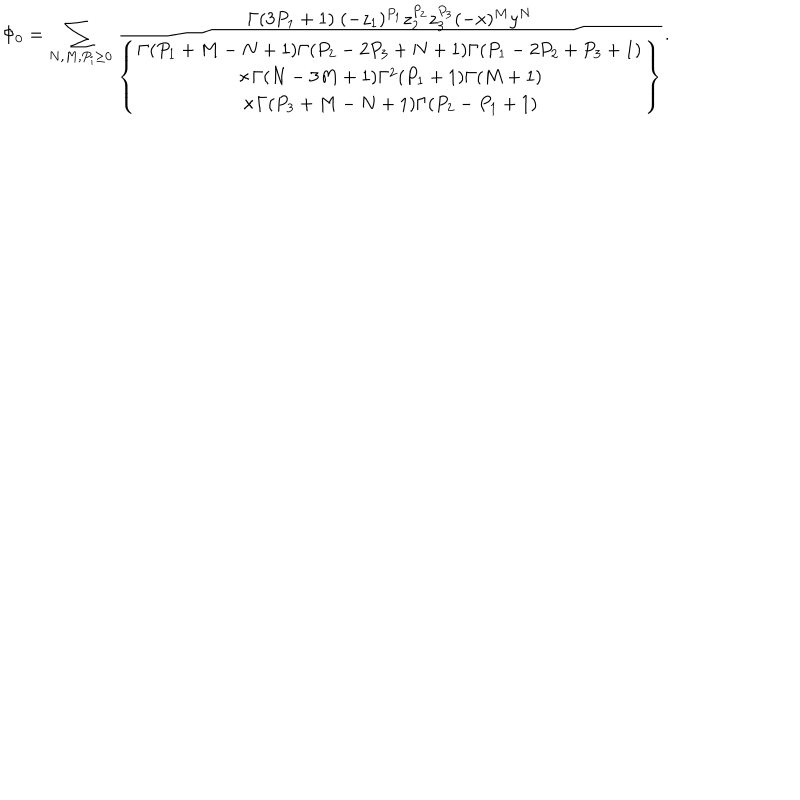
\Phi _ { 0 } = \sum _ { N , M , P _ { i } \geq 0 } \frac { \Gamma ( 3 P _ { 1 } + 1 ) \; ( - z _ { 1 } ) ^ { P _ { 1 } } z _ { 2 } ^ { P _ { 2 } } z _ { 3 } ^ { P _ { 3 } } ( - x ) ^ { M } y ^ { N } } { \left\{ \begin{array} { c } { { \Gamma ( P _ { 1 } + M - N + 1 ) \Gamma ( P _ { 2 } - 2 P _ { 3 } + N + 1 ) \Gamma ( P _ { 1 } - 2 P _ { 2 } + P _ { 3 } + 1 ) } } \\ { { \times \Gamma ( N - 3 M + 1 ) \Gamma ^ { 2 } ( P _ { 1 } + 1 ) \Gamma ( M + 1 ) } } \\ { { \times \Gamma ( P _ { 3 } + M - N + 1 ) \Gamma ( P _ { 2 } - P _ { 1 } + 1 ) } } \\ \end{array} \right\} } .